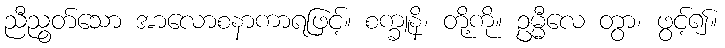
ညီညွတ်သော အာလောစနာကာရဖြင့်။ စက္ခူနိ၊ တို့ကို။ ဥမ္မီလေ တွာ၊ ဖွင့်၍။